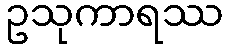
ဥသုကာရဿ